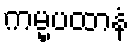
ကမ္မပထာနံ